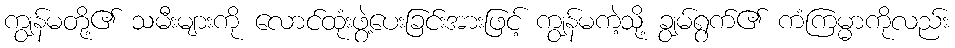
ကျွန်မတို့၏ သမီးများကို လောင်ထုံးဖွဲ့ပေးခြင်းအားဖြင့် ကျွန်မကဲ့သို့ ချွမ်ရွက်၏ ကံကြမ္မာကိုလည်း